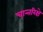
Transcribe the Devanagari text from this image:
चान्तरिक्षे